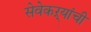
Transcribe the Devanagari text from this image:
सेवेकऱ्यांची